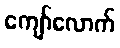
ကျော်လောက်